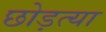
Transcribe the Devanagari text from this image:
छोड़त्या